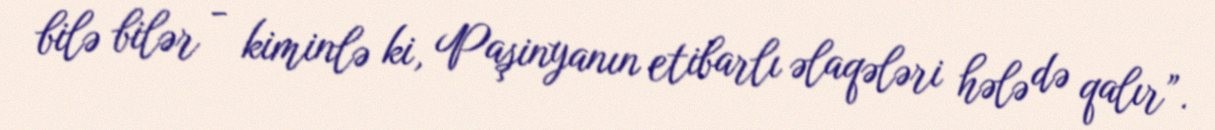
bilə bilər - kiminlə ki, Paşinyanın etibarlı əlaqələri hələ də qalır”.